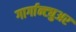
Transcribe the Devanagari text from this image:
गार्गान्ट्युअर